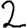
Digit: 2